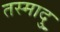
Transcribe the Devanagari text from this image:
तस्मादु